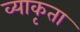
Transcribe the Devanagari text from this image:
व्याकृता